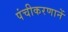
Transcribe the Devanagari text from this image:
पंचीकरणानें